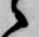
々